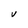
Character: V